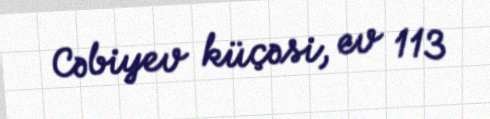
Cəbiyev küçəsi, ev 113